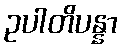
ဥပါတိပန္နာ